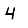
Digit: 4